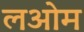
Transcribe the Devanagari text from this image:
लओम